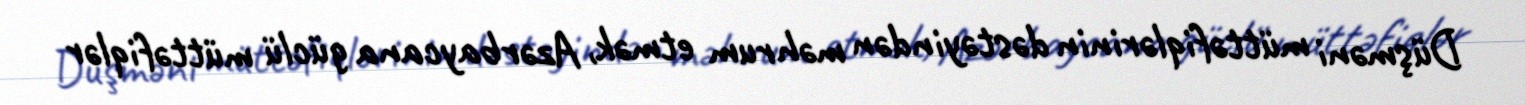
Düşməni müttəfiqlərinin dəstəyindən məhrum etmək, Azərbaycana güclü müttəfiqlər